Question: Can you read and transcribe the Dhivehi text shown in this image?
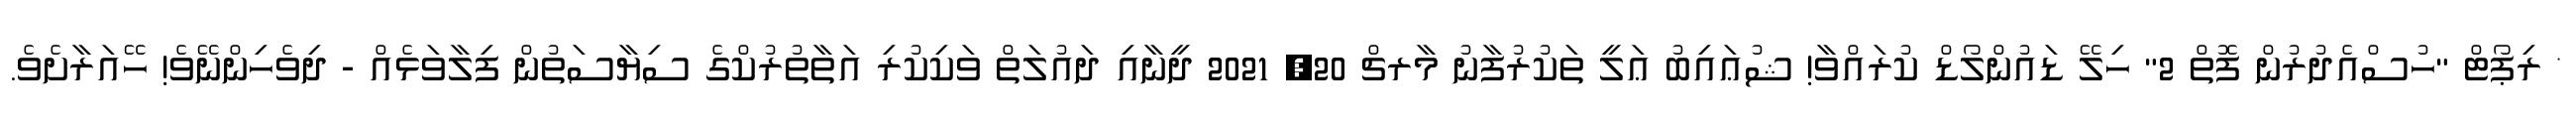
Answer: * ރިޕޯޓް "ހުސްއެދުރުން ފޮތް 2" ހިލޭ ޑައުންލޯޑް ކުރައްވާ! ޝުޢައިބު ޢަލީ ތަކުރުފާނު މާރޗް 20, 2021 ދީނާއި ދައުލަތް ވަކިކުރި އަތާތުރުކްގެ ސިޔާސަތުން ފިލާވަޅެއް - ދިވެހިންނޭވެ! ހޭއަރާށެވެ.